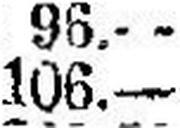
106.—